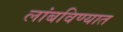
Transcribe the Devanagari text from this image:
लांबविण्यात